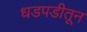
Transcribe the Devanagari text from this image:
धडपडीतून